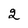
Character: 2